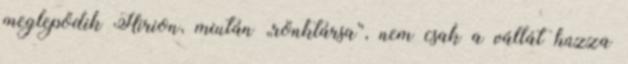
meglepődik Hirion, miután „rönktársa”, nem csak a vállát húzza